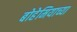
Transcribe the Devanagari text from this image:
बोहेमियाच्या